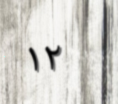
١٢